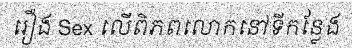
រឿង Sex លើពិភពលោកនៅទីកន្លែង